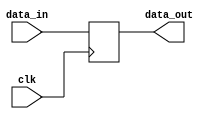
module register(
  input wire clk,
  input wire data_in,
  output reg data_out
);

reg [31:0] register_data; // 32-bit register

always @(posedge clk) begin
  register_data <= data_in;
end

assign data_out = register_data;

endmodule